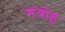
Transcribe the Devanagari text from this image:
मंत्रोह